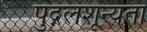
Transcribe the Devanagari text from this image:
पुद्गलशून्यता